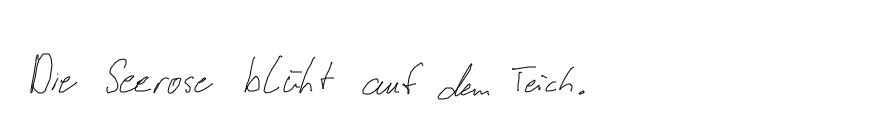
Die Seerose blüht auf dem Teich.